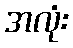
အလုံး